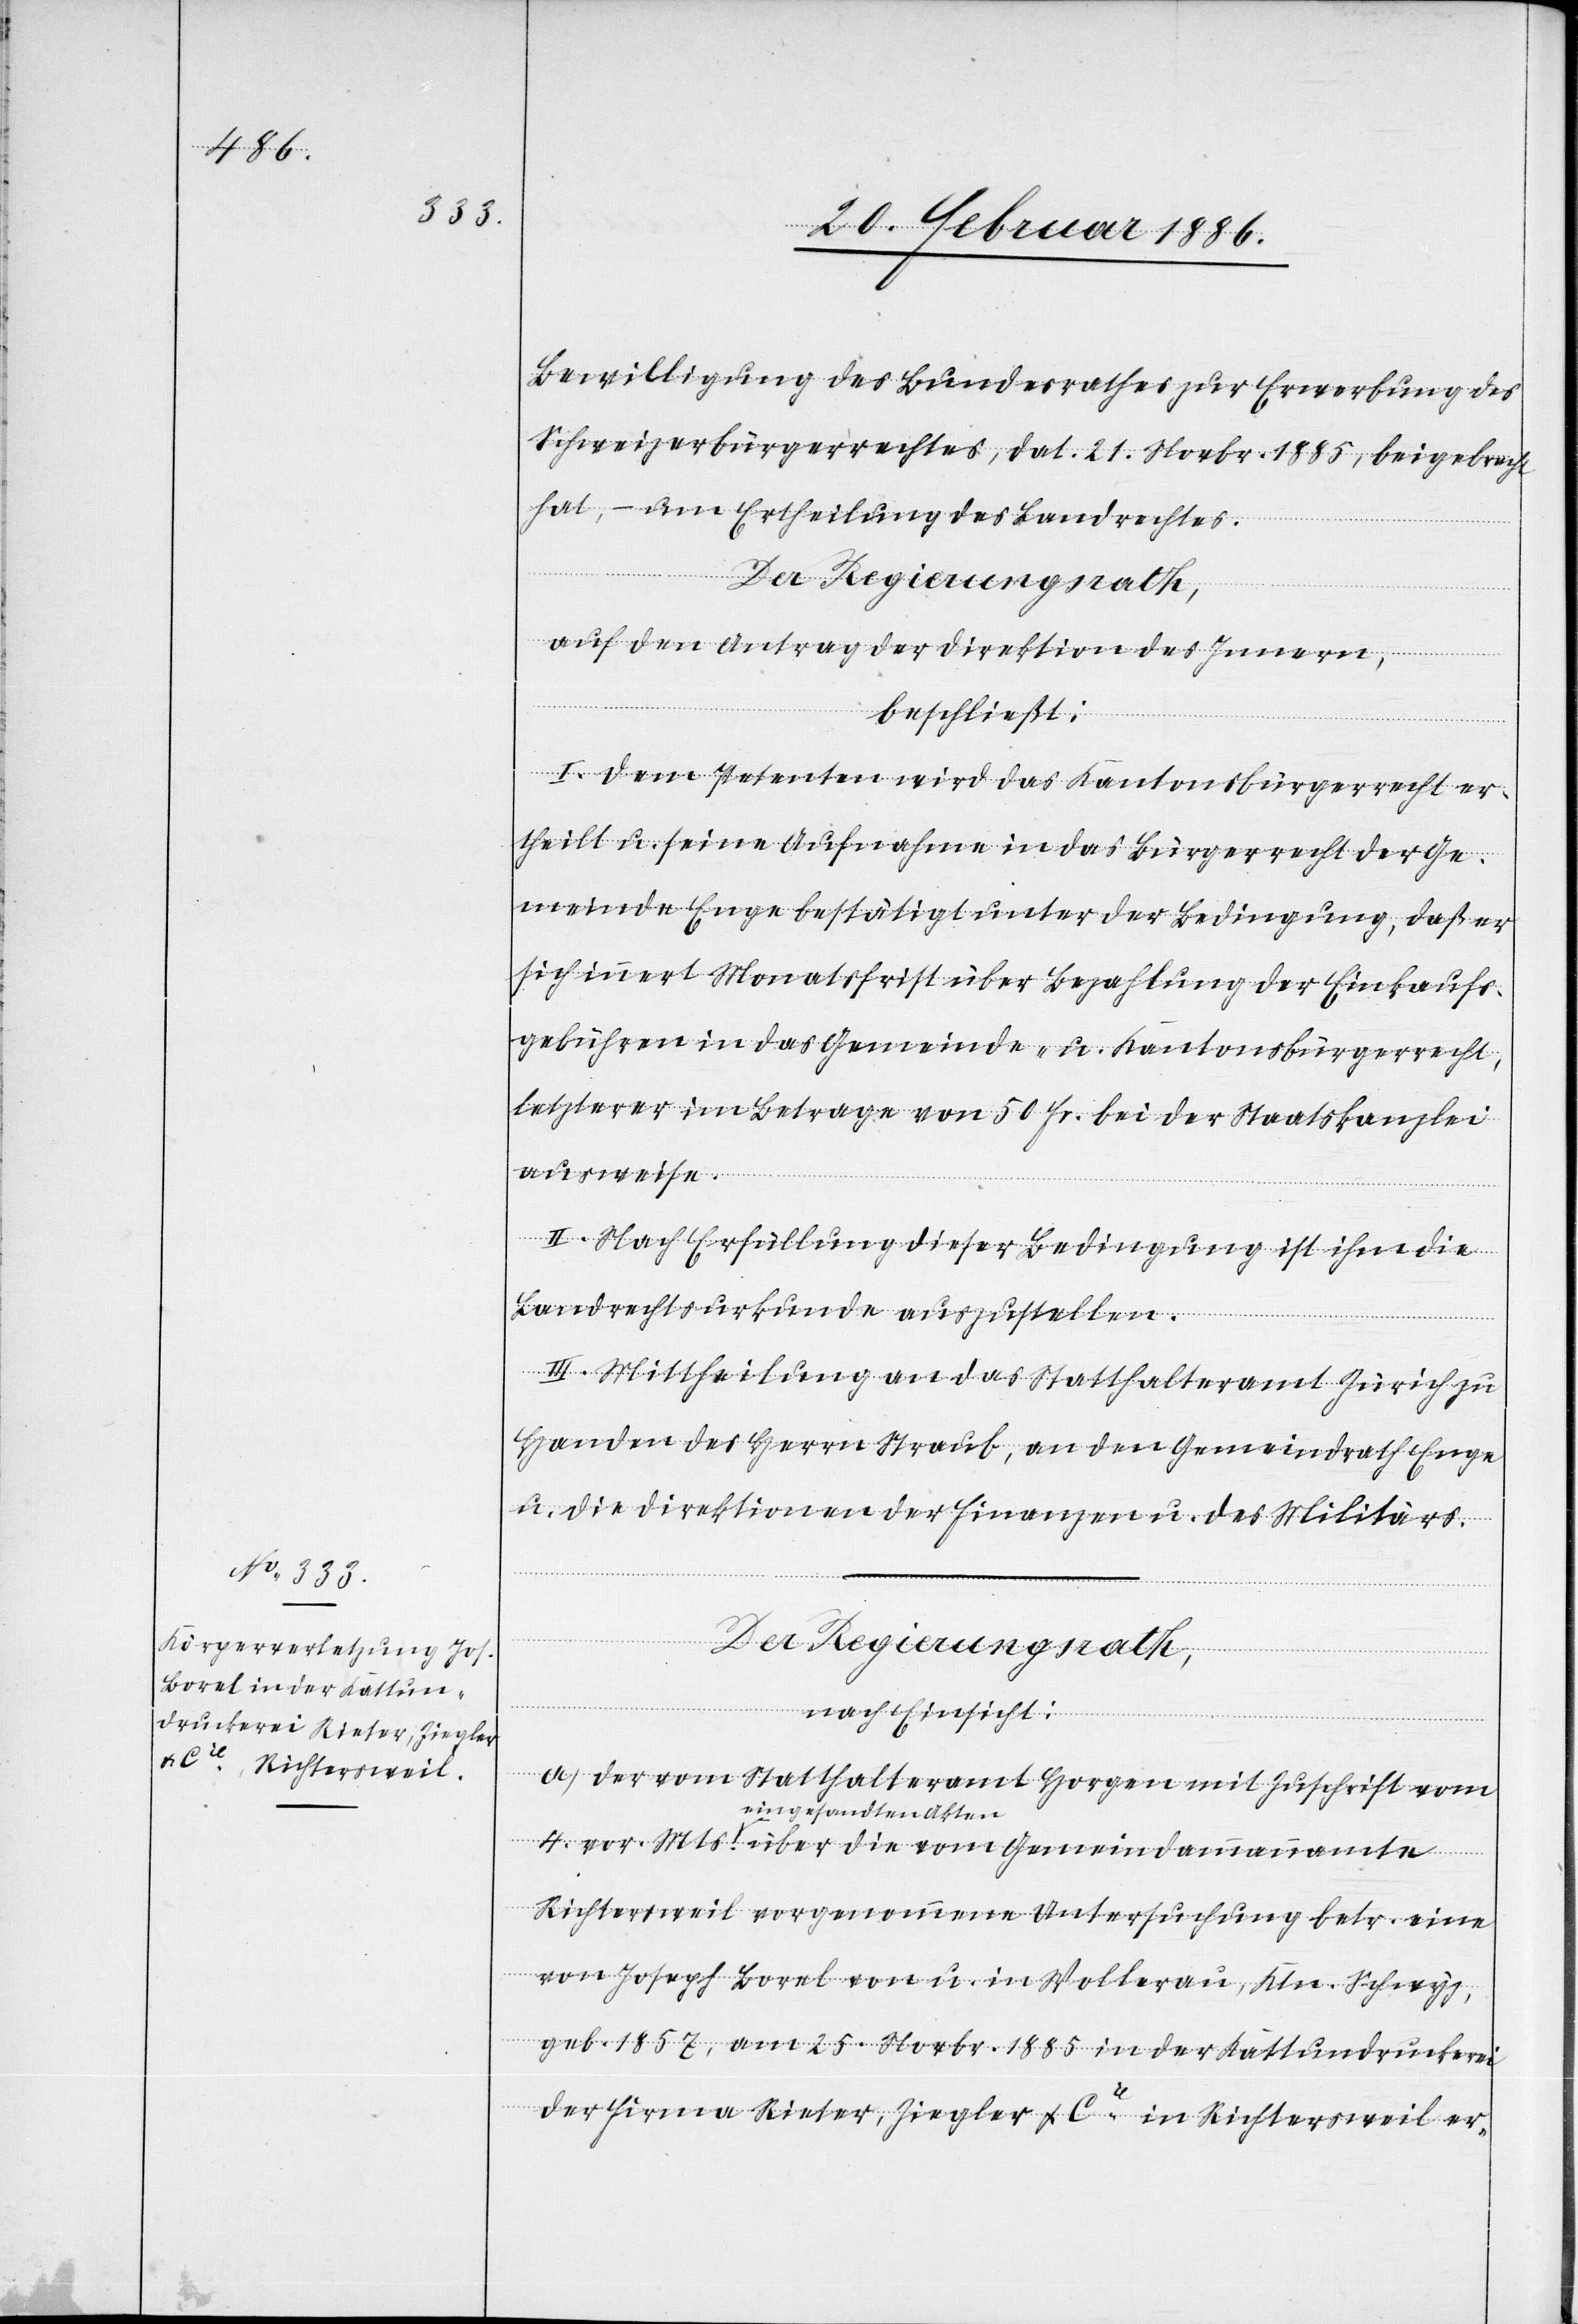
Bewilligung des Bundesrathes zur Erwerbung des
Schweizerbürgerrechtes, dat. 21. Novbr. 1885, beigebracht
mmannamte
hat, – um Ertheilung des Landrechtes.
Der Regierungsrath,
auf den Antrag der Direktion des Innern,
4.
beschließt:
I. Dem Petenten wird das Kantonsbürgerrecht er¬
theilt u. seine Aufnahme in das Bürgerrecht der Ge¬
meinde Enge bestätigt unter der Bedingung, daß er
sich innert Monatsfrist über Bezahlung der Einkaufs¬
gebühren in das Gemeinde- u. Kantonsbürgerrecht,
letzterer im Betrage von 50 Fr. bei der Staatskanzlei
ausweise.
II. Nach Erfüllung dieser Bedingungen ist ihm die
Landrechtsurkunde auszustellen.
III. Mittheilung an das Statthalteramt Zürich zu
Handen des Herrn Straub, an den Gemeindrath Enge
u. die Direktionen der Finanzen u. des Militärs.
vom
nach Einsicht:
a) Der vom Statthalteramt Horgen mit Zuschrift vom
eingesandten Akten
Richtersweil vorgenommene Untersuchung betr. eine
von Joseph Borel von u. in Wollerau, Ktn. Schwyz,
geb. 1857, am 25. Novbr. 1885 in der Kattundruckerei
der Firma Rieter, Ziegler & Cie. in Richtersweil er-